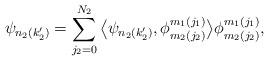
LaTeX: \begin{gather*}\psi_{n_2(k_2')}=\sum_{j_2=0}^{N_2}\big\langle \psi_{n_2(k_2')},\phi_{m_2(j_2)}^{m_1(j_1)}\big\rangle \phi_{m_2(j_2)}^{m_1(j_1)},\end{gather*}